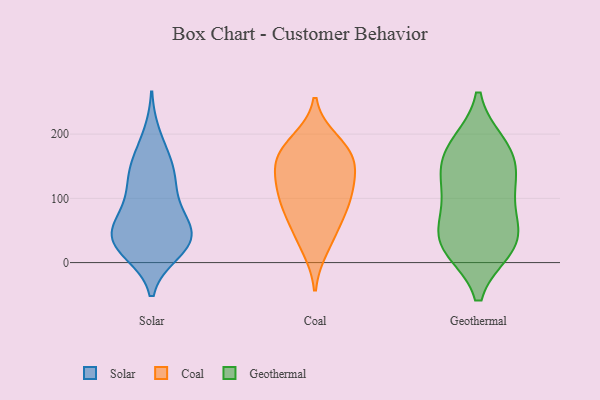
{"axis": {"x": "Customer Acquisition Cost (USD)", "y": "Value"}, "legend": ["Coal", "Geothermal", "Solar"], "data": [{"x": "", "y": 63, "type": "Solar"}, {"x": "", "y": 44, "type": "Solar"}, {"x": "", "y": 198, "type": "Solar"}, {"x": "", "y": 16, "type": "Solar"}, {"x": "", "y": 60, "type": "Solar"}, {"x": "", "y": 42, "type": "Solar"}, {"x": "", "y": 36, "type": "Solar"}, {"x": "", "y": 148, "type": "Solar"}, {"x": "", "y": 17, "type": "Solar"}, {"x": "", "y": 22, "type": "Solar"}, {"x": "", "y": 148, "type": "Solar"}, {"x": "", "y": 61, "type": "Solar"}, {"x": "", "y": 123, "type": "Solar"}, {"x": "", "y": 35, "type": "Solar"}, {"x": "", "y": 101, "type": "Solar"}, {"x": "", "y": 159, "type": "Solar"}, {"x": "", "y": 106, "type": "Solar"}, {"x": "", "y": 49, "type": "Coal"}, {"x": "", "y": 127, "type": "Coal"}, {"x": "", "y": 93, "type": "Coal"}, {"x": "", "y": 166, "type": "Coal"}, {"x": "", "y": 24, "type": "Coal"}, {"x": "", "y": 175, "type": "Coal"}, {"x": "", "y": 97, "type": "Coal"}, {"x": "", "y": 147, "type": "Coal"}, {"x": "", "y": 189, "type": "Coal"}, {"x": "", "y": 163, "type": "Coal"}, {"x": "", "y": 75, "type": "Coal"}, {"x": "", "y": 118, "type": "Coal"}, {"x": "", "y": 35, "type": "Geothermal"}, {"x": "", "y": 35, "type": "Geothermal"}, {"x": "", "y": 33, "type": "Geothermal"}, {"x": "", "y": 25, "type": "Geothermal"}, {"x": "", "y": 85, "type": "Geothermal"}, {"x": "", "y": 116, "type": "Geothermal"}, {"x": "", "y": 166, "type": "Geothermal"}, {"x": "", "y": 181, "type": "Geothermal"}, {"x": "", "y": 126, "type": "Geothermal"}, {"x": "", "y": 170, "type": "Geothermal"}]}